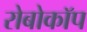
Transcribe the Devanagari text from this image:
रोबोकाॅप